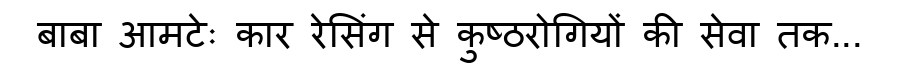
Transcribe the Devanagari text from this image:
बाबा आमटेः कार रेसिंग से कुष्ठरोगियों की सेवा तक...